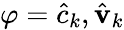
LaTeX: \varphi=\hat{c}_{k},\hat{\mathbf{v}}_{k}